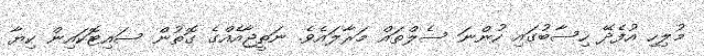
މުލިހި އުފެދޭ ހިސާބުގައި ހުންނަ ސެލްތައް މަރާލައެވެ. ނަތީޖާއެއްގެ ގޮތުން ސައިޓޮކައިން ކިޔާ